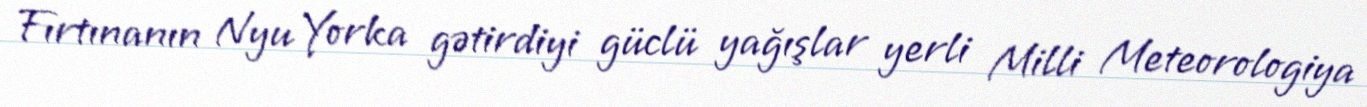
Fırtınanın Nyu Yorka gətirdiyi güclü yağışlar yerli Milli Meteorologiya